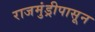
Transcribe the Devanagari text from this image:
राजमुंड्रीपासून